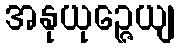
အနုယုဉ္ဇေယျ